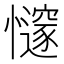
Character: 𢤪